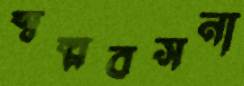
স্বল্পবসনা